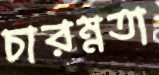
চারম্নতা